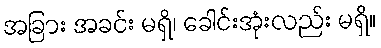
အခြား အခင်း မရှိ၊ ခေါင်းအုံးလည်း မရှိ။